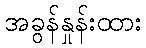
အခွန်နှုန်းထား